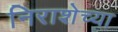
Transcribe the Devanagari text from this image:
निराशेच्या